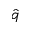
\hat { q }